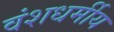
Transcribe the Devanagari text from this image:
वंशधर्मीय